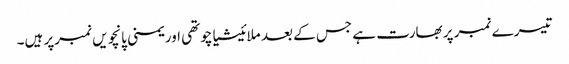
تیسرے نمبر پر بھارت ہے جس کے بعد ملائیشیاچوتھی اور یمنی پانچویں نمبرپر ہیں۔